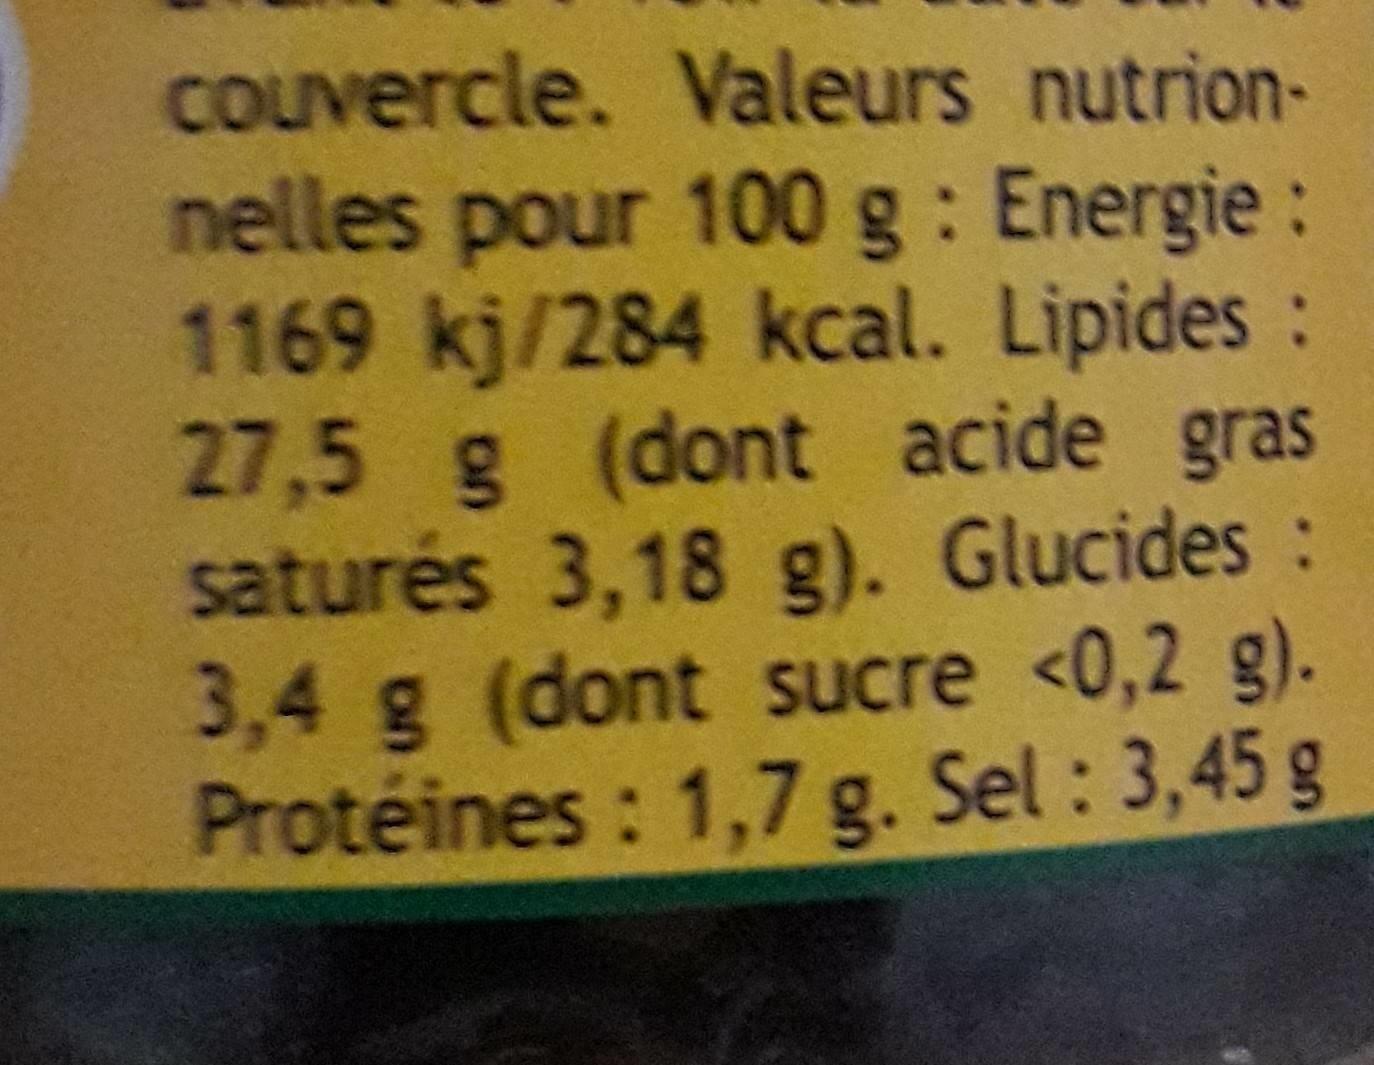
COuvercle. Valeurs nutrion-
nelles pour 100 g: Energie: 1169 kj/284 kcal. Lipides: 27,5 g (dont acide gras saturés 3,18 g). Glucides: 3,4g (dont sucre <0,2 g). Protéines : 1,7 g. Sel : 3,45 g